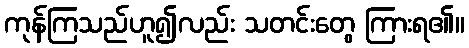
ကုန်ကြသည်ဟူ၍လည်း သတင်းတွေ ကြားရ၏။